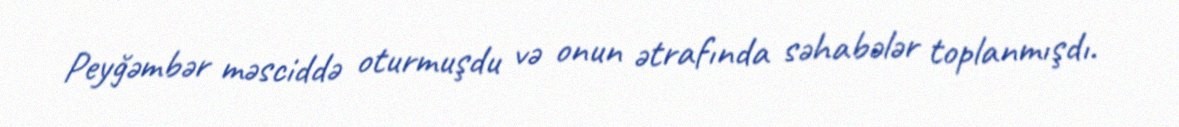
Peyğəmbər məsciddə oturmuşdu və onun ətrafında səhabələr toplanmışdı.